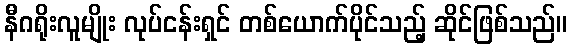
နီဂရိုးလူမျိုး လုပ်ငန်းရှင် တစ်ယောက်ပိုင်သည့် ဆိုင်ဖြစ်သည်။